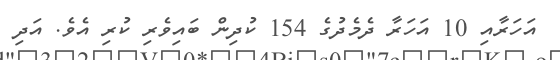
އަހަރާއި 10 އަހަރާ ދެމެދުގެ 154 ކުދިން ބައިވެރި ކުރި އެވެ. އަދި